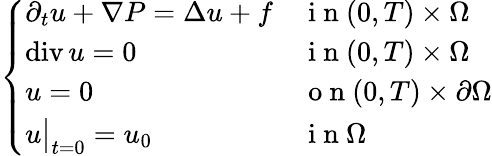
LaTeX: \begin{array}{r}{\left\{ \begin{array}{ll}{\partial_{t}u+\nabla P=\Delta u+f}&{\mathrm{~i~n~}(0,T)\times\Omega}\\ {\operatorname{div}u=0}&{\mathrm{~i~n~}(0,T)\times\Omega}\\ {u=0}&{\mathrm{~o~n~}(0,T)\times\partial\Omega}\\ {u\bigr\rvert_{t=0}=u_{0}}&{\mathrm{~i~n~}\Omega}\end{array}\right.}\end{array}